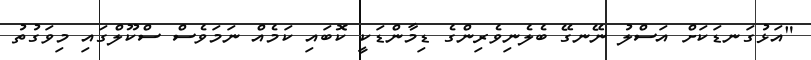
"އަޅުގަނޑަކަށް އަސްލު ނޭނގޭ ބެލެނިވެރިންގެ ޑިމާންޑަކީ ކޮބައި ކަމެއް ނަމަވެސް ސްކޫލްގައި މިވަގުތު